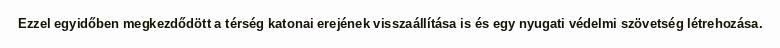
Ezzel egyidőben megkezdődött a térség katonai erejének visszaállítása is és egy nyugati védelmi szövetség létrehozása.